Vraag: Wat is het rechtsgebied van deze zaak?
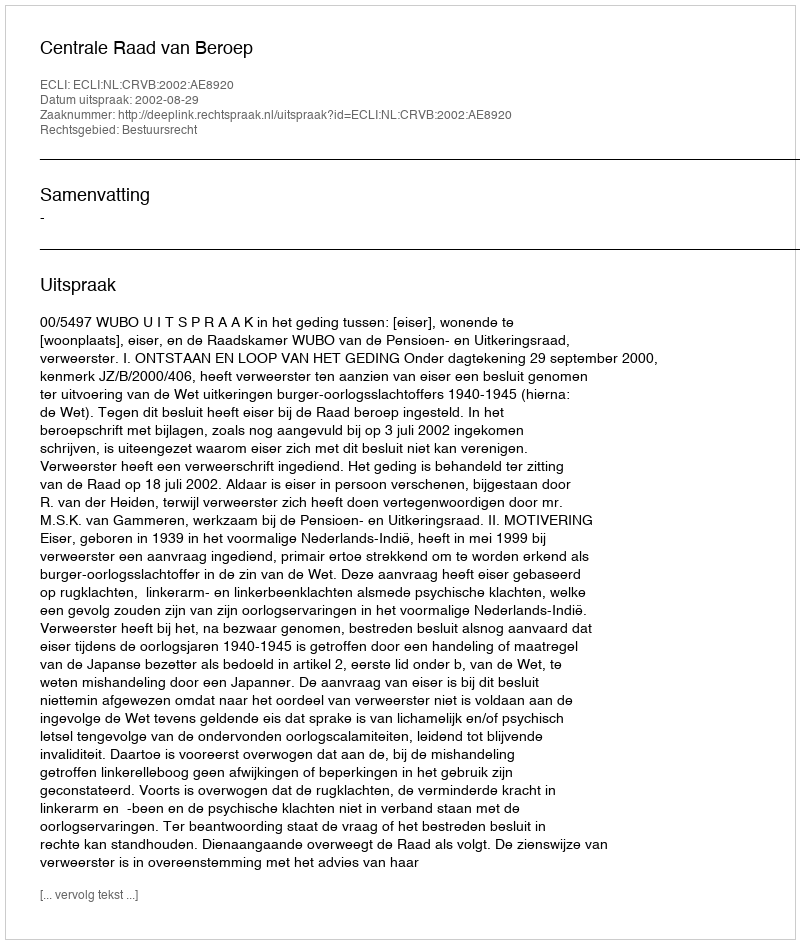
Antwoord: Bestuursrecht